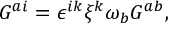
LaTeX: G ^ { a i } = \epsilon ^ { i k } \xi ^ { k } \omega _ { b } G ^ { a b } ,